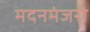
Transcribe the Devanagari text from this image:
मदनमंजरी